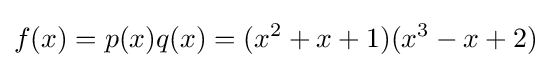
f(x)=p(x)q(x)=(x^{2}+x+1)(x^{3}-x+2)